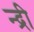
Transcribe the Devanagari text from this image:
न्द्री